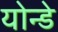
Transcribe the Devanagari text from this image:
योन्डे